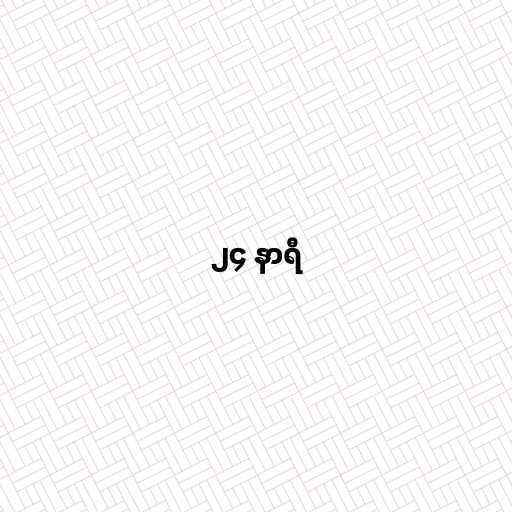
၂၄ နာရီ